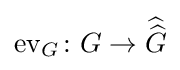
\operatorname {ev} _{G}\colon G\to {\widehat {\widehat {G}}}